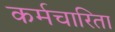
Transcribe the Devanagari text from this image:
कर्मचारिता